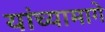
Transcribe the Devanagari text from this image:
यांच्यामागे